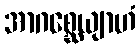
အာဂစ္ဆေယျာဟံ